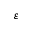
\varepsilon